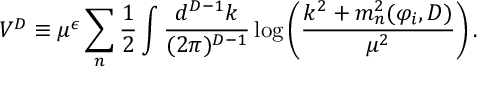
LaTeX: V ^ { D } \equiv \mu ^ { \epsilon } \sum _ { n } { \frac { 1 } { 2 } } \int { \frac { d ^ { D - 1 } k } { ( 2 \pi ) ^ { D - 1 } } } \log \left( { \frac { k ^ { 2 } + m _ { n } ^ { 2 } ( \varphi _ { i } , D ) } { \mu ^ { 2 } } } \right) .